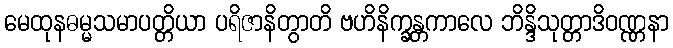
မေထုနဓမ္မသမာပတ္တိယာ ပရိဇာနိတွာတိ ဗဟိနိက္ခန္တကာလေ ဘိန္ဒိသုတ္တာဒိဝဏ္ဏနာ